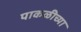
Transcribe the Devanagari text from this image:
पाकळीच्या